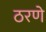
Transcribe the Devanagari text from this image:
ठरणे